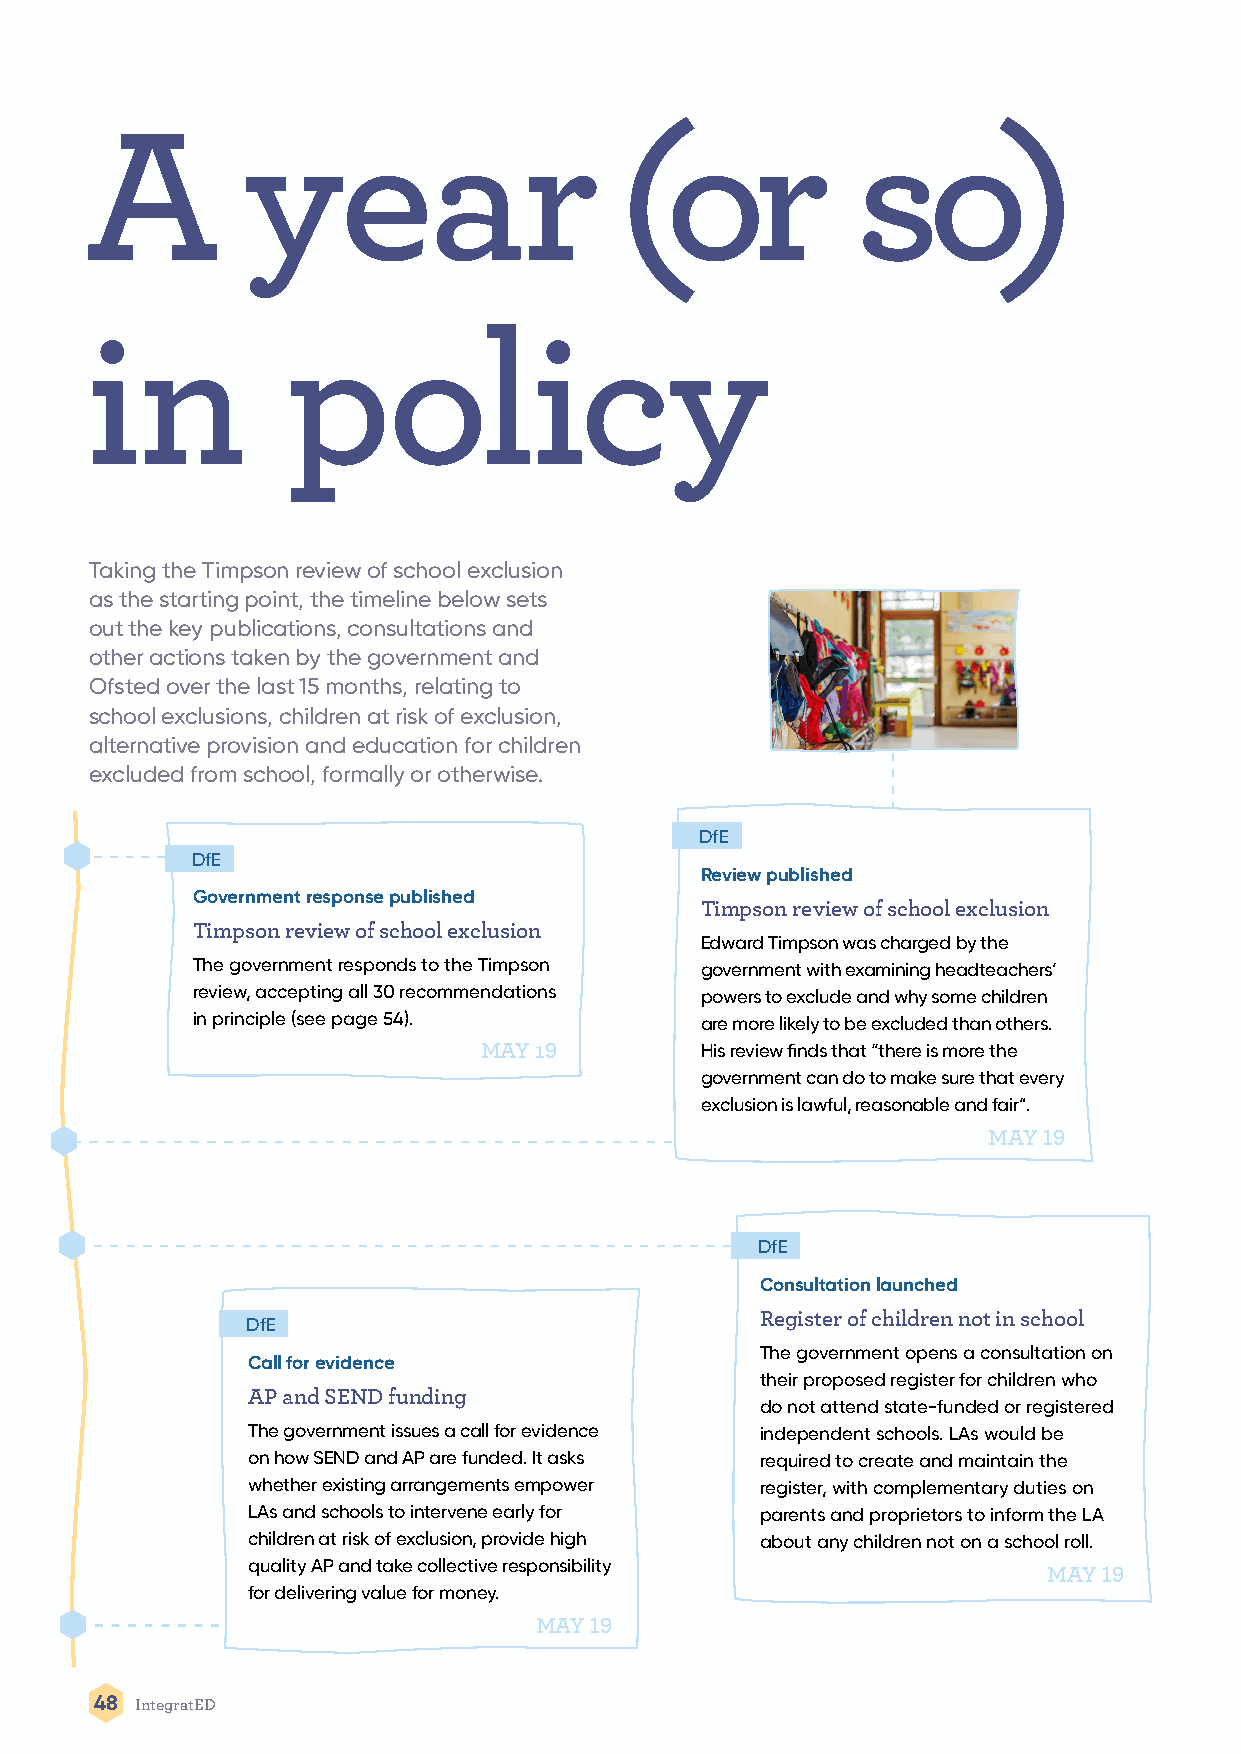
A         year                     (or             so)
 in           policy
 Taking the Timpson review of school exclusion
 as the starting point, the timeline below sets
 out the key publications, consultations and
 other actions taken by the government and
 Ofsted over the last 15 months, relating to
 school exclusions, children at risk of exclusion,
 alternative provision and education for children
 excluded from school, formally or otherwise.
 DfE
 DfE
 Review published
 Government response published
 Timpson review of school exclusion
 Timpson review of school exclusion
 Edward Timpson was charged by the
 The government responds to the Timpson government with examining headteachers’
 review, accepting all 30 recommendations powers to exclude and why some children
 in principle (see page 54).      are more likely to be excluded than others.
 MAY 19        His review finds that “there is more the
 government can do to make sure that every
 exclusion is lawful, reasonable and fair”.
 MAY 19
 DfE
 Consultation launched
 Register of children not in school
 DfE
 The government opens a consultation on
 Call for evidence
 their proposed register for children who
 AP and SEND funding
 do not attend state-funded or registered
 The government issues a call for evidence independent schools. LAs would be
 on how SEND and AP are funded. It asks required to create and maintain the
 whether existing arrangements empower register, with complementary duties on
 LAs and schools to intervene early for parents and proprietors to inform the LA
 children at risk of exclusion, provide high about any children not on a school roll.
 quality AP and take collective responsibility
 MAY 19
 for delivering value for money.
 MAY 19
 48 IntegratED